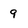
Character: 9